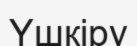
Үшкіру